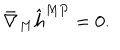
LaTeX: \bar { \nabla } _ { M } \hat { h } ^ { M P } = 0 .